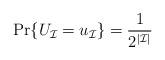
LaTeX: \begin{align*} \Pr\{U_{\mathcal{I}} = u_{\mathcal{I}}\}=\frac{1}{2^{|\mathcal{I}|}} \end{align*}